Report of veterinary surgeon J.H. Steel, A.V.D., on his investigation into an obscure and fatal disease among transport mules in British Burma
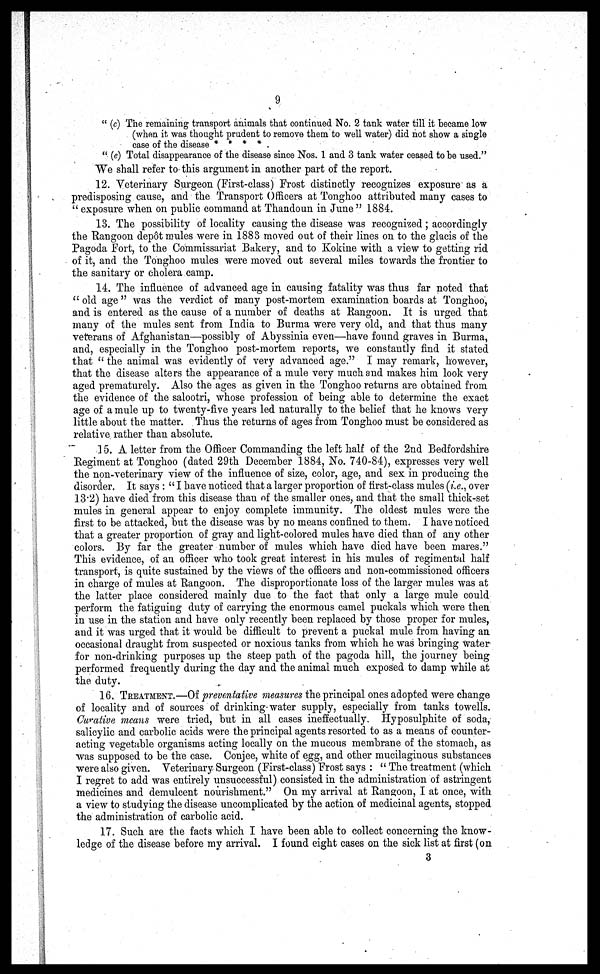
9
" (c) The remaining transport animals that continued No. 2 tank water till it became low
(when it was thought prudent to remove them to well water) did not show a single
case of the disease * * * *
" (e) Total disappearance of the disease since Nos. 1 and 3 tank water ceased to be used."
We shall refer to this argument in another part of the report.
12. Veterinary Surgeon (First-class) Frost distinctly recognizes exposure as a
predisposing cause, and the Transport Officers at Tonghoo attributed many cases to
" exposure when on public command at Thandoun in June " 1884.
13. The possibility of locality causing the disease was recognized ; accordingly
the Rangoon depot mules were in 1883 moved out of their lines on to the glacis of the
Pagoda Fort, to the Commissariat Bakery, and to Kokine with a view to getting rid
of it, and the Tonghoo mules were moved out several miles towards the frontier to
the sanitary or cholera camp.
14. The influence of advanced age in causing fatality was thus far noted that
" old age " was the verdict of many post-mortem examination boards at Tonghoo,
and is entered as the cause of a number of deaths at Rangoon. It is urged that
many of the mules sent from India to Burma were very old, and that thus many
veterans of Afghanistan—possibly of Abyssinia even—have found graves in Burma,
and, especially in the Tonghoo post-mortem reports, we constantly find it stated
that " the animal was evidently of very advanced age." I may remark, however,
that the disease alters the appearance of a mule very much and makes him look very
aged prematurely. Also the ages as given in the Tonghoo returns are obtained from
the evidence of the salootri, whose profession of being able to determine the exact
age of a mule up to twenty-five years led naturally to the belief that he knows very
little about the matter. Thus the returns of ages from Tonghoo must be considered as
relative rather than absolute.
15. A letter from the Officer Commanding the left half of the 2nd Bedfordshire
Regiment at Tonghoo (dated 29th December 1884, No. 740-84), expresses very well
the non-veterinary view of the influence of size, color, age, and sex in producing the
disorder. It says : " I have noticed that a larger proportion of first-class mules (i.e., over
13.2) have died from this disease than of the smaller ones, and that the small thick-set
mules in general appear to enjoy complete immunity. The oldest mules were the
first to be attacked, but the disease was by no means confined to them. I have noticed
that a greater proportion of gray and light-colored mules have died than of any other
colors. By far the greater number of mules which have died have been mares."
This evidence, of an officer who took great interest in his mules of regimental half
transport, is quite sustained by the views of the officers and non-commissioned officers
in charge of mules at Rangoon. The disproportionate loss of the larger mules was at
the latter place considered mainly due to the fact that only a large mule could
perform the fatiguing duty of carrying the enormous camel puckals which were then
in use in the station and have only recently been replaced by those proper for mules,
and it was urged that it would be difficult to prevent a puckal mule from having an
occasional draught from suspected or noxious tanks from which he was bringing water
for non-drinking purposes up the steep path of the pagoda hill, the journey being
performed frequently during the day and the animal much exposed to damp while at
the duty.
16. TREATMENT.—Of preventative measures the principal ones adopted were change
of locality and of sources of drinking-water supply, especially from tanks towells.
Curative means were tried, but in all cases ineffectually. Hyposulphite of soda,
salicylic and carbolic acids were the principal agents resorted to as a means of counter-
acting vegetable organisms acting locally on the mucous membrane of the stomach, as
was supposed to be the case. Conjee, white of egg, and other mucilaginous substances
were also given. Veterinary Surgeon (First-class) Frost says : " The treatment (which
I regret to add was entirely unsuccessful) consisted in the administration of astringent
medicines and demulcent nourishment." On my arrival at Rangoon, I at once, with
a view to studying the disease uncomplicated by the action of medicinal agents, stopped
the administration of carbolic acid.
17. Such are the facts which I have been able to collect concerning the know-
ledge of the disease before my arrival. I found eight cases on the sick list at first (on
3